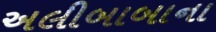
અલીબાબાના